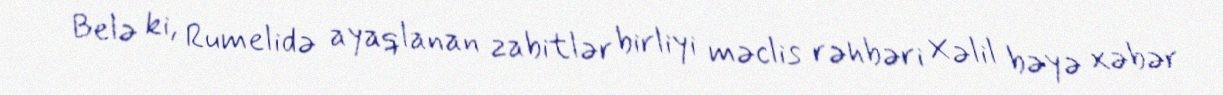
Belə ki, Rumelidə ayaqlanan zabitlər birliyi məclis rəhbəri Xəlil bəyə xəbər